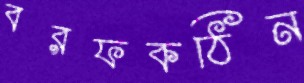
বরফকঠিন